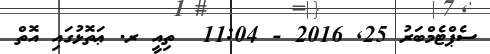
ސެޕްޓެމްބަރު 25